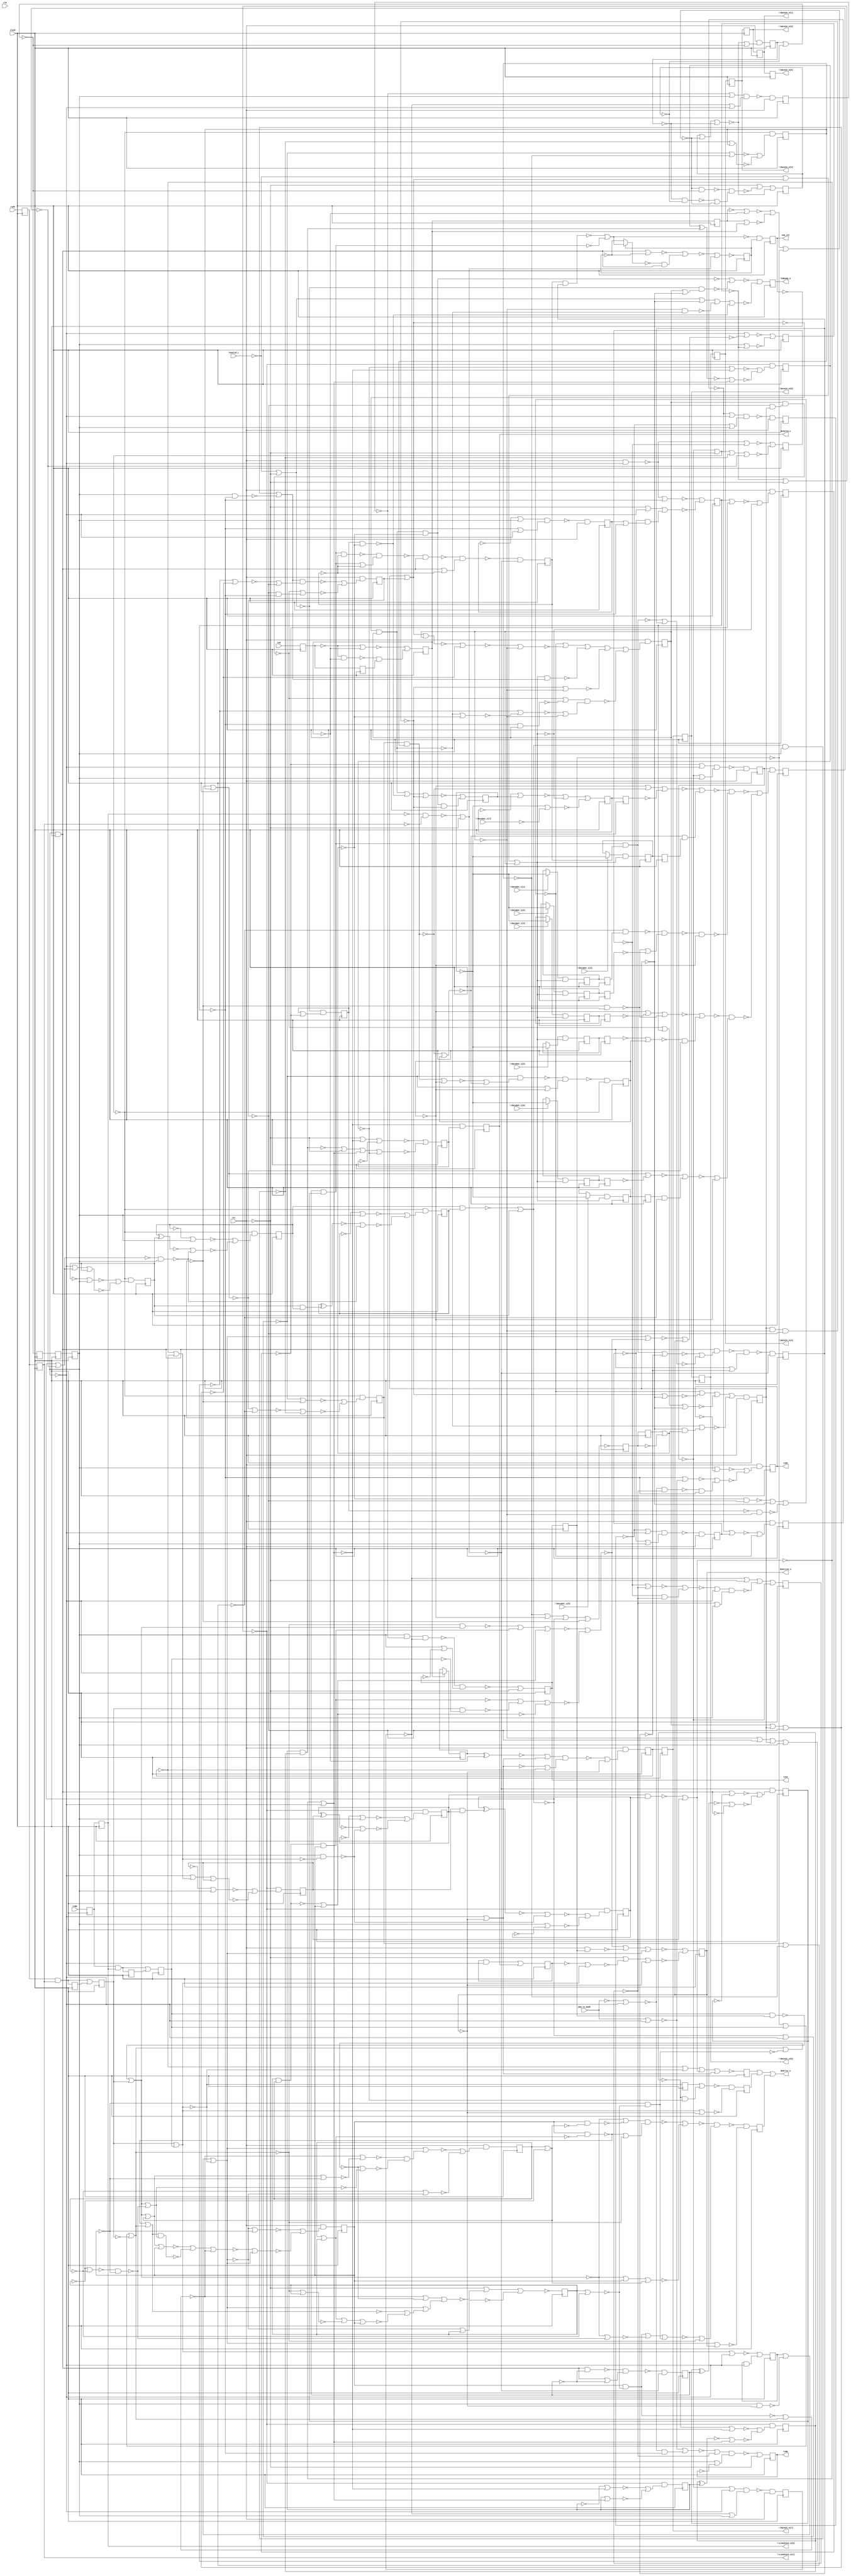
// Benchmark "usb_phy" written by ABC on Thu Oct  8 22:04:27 2020

module usb_phy ( clock, 
    clk, rst, phy_tx_mode, rxd, rxdp, rxdn, TxValid_i, \DataOut_i[0] ,
    \DataOut_i[1] , \DataOut_i[2] , \DataOut_i[3] , \DataOut_i[4] ,
    \DataOut_i[5] , \DataOut_i[6] , \DataOut_i[7] ,
    usb_rst, txdp, txdn, txoe, TxReady_o, RxValid_o, RxActive_o, RxError_o,
    \DataIn_o[0] , \DataIn_o[1] , \DataIn_o[2] , \DataIn_o[3] ,
    \DataIn_o[4] , \DataIn_o[5] , \DataIn_o[6] , \DataIn_o[7] ,
    \LineState_o[0] , \LineState_o[1]   );
  input  clock;
  input  clk, rst, phy_tx_mode, rxd, rxdp, rxdn, TxValid_i,
    \DataOut_i[0] , \DataOut_i[1] , \DataOut_i[2] , \DataOut_i[3] ,
    \DataOut_i[4] , \DataOut_i[5] , \DataOut_i[6] , \DataOut_i[7] ;
  output usb_rst, txdp, txdn, txoe, TxReady_o, RxValid_o, RxActive_o,
    RxError_o, \DataIn_o[0] , \DataIn_o[1] , \DataIn_o[2] , \DataIn_o[3] ,
    \DataIn_o[4] , \DataIn_o[5] , \DataIn_o[6] , \DataIn_o[7] ,
    \LineState_o[0] , \LineState_o[1] ;
  reg i_rx_phy_shift_en_reg, \\i_rx_phy_fs_state_reg[0] ,
    i_rx_phy_rx_active_reg, i_rx_phy_sync_err_reg,
    \\i_rx_phy_fs_state_reg[1] , \\i_rx_phy_fs_state_reg[2] ,
    i_rx_phy_byte_err_reg, \\i_tx_phy_hold_reg_reg[7] ,
    i_rx_phy_bit_stuff_err_reg, \\i_tx_phy_hold_reg_reg[0] ,
    \\i_tx_phy_hold_reg_reg[1] , \\i_tx_phy_hold_reg_reg[2] ,
    \\i_tx_phy_hold_reg_reg[3] , \\i_tx_phy_hold_reg_reg[4] ,
    \\i_tx_phy_hold_reg_reg[5] , \\i_tx_phy_hold_reg_reg[6] ,
    i_rx_phy_se0_s_reg, \\i_tx_phy_state_reg[0] ,
    \\i_rx_phy_dpll_state_reg[0] , \\i_tx_phy_state_reg[2] ,
    i_rx_phy_rx_valid1_reg, \\i_rx_phy_dpll_state_reg[1] ,
    i_rx_phy_rx_valid_r_reg, i_rx_phy_se0_r_reg, \\rst_cnt_reg[3] ,
    \\rst_cnt_reg[4] , \\rst_cnt_reg[2] , \\i_tx_phy_state_reg[1] ,
    \\i_rx_phy_one_cnt_reg[2] , \\i_rx_phy_one_cnt_reg[1] ,
    i_tx_phy_sd_raw_o_reg, \\i_rx_phy_bit_cnt_reg[2] ,
    \\i_tx_phy_bit_cnt_reg[2] , i_tx_phy_append_eop_reg,
    \\i_rx_phy_one_cnt_reg[0] , \\i_rx_phy_bit_cnt_reg[0] ,
    \\i_rx_phy_bit_cnt_reg[1] , i_tx_phy_ld_data_reg,
    \\i_tx_phy_one_cnt_reg[1] , \\i_tx_phy_one_cnt_reg[2] ,
    i_tx_phy_TxReady_o_reg, \\i_tx_phy_bit_cnt_reg[0] ,
    \\i_tx_phy_bit_cnt_reg[1] , \\i_tx_phy_one_cnt_reg[0] ,
    i_rx_phy_rx_valid_reg, \\i_rx_phy_hold_reg_reg[6] ,
    \\i_rx_phy_hold_reg_reg[4] , \\i_rx_phy_hold_reg_reg[0] ,
    \\i_rx_phy_hold_reg_reg[1] , \\i_rx_phy_hold_reg_reg[2] ,
    \\i_rx_phy_hold_reg_reg[3] , \\i_rx_phy_hold_reg_reg[5] ,
    \\i_rx_phy_hold_reg_reg[7] , i_tx_phy_tx_ip_reg, \\rst_cnt_reg[1] ,
    i_tx_phy_txdp_reg, i_rx_phy_sd_nrzi_reg, i_tx_phy_sd_bs_o_reg,
    \\rst_cnt_reg[0] , i_tx_phy_txdn_reg, i_tx_phy_append_eop_sync3_reg,
    i_tx_phy_txoe_reg, i_rx_phy_rxdn_s_reg, i_rx_phy_rxdp_s_reg,
    i_tx_phy_sft_done_reg, i_tx_phy_tx_ip_sync_reg, i_tx_phy_txoe_r1_reg,
    i_tx_phy_append_eop_sync1_reg, i_tx_phy_append_eop_sync2_reg,
    i_tx_phy_txoe_r2_reg, usb_rst_reg, i_tx_phy_sd_nrzi_o_reg,
    i_tx_phy_append_eop_sync4_reg, i_rx_phy_fs_ce_reg, i_rx_phy_rxd_s_reg,
    i_rx_phy_sd_r_reg, i_rx_phy_fs_ce_r2_reg, i_tx_phy_data_done_reg,
    i_rx_phy_rxdn_s_r_reg, i_rx_phy_rxdp_s_r_reg, i_rx_phy_fs_ce_r1_reg,
    i_rx_phy_rxd_r_reg, i_rx_phy_rxdn_s1_reg, i_rx_phy_rxd_s1_reg,
    i_rx_phy_rxdp_s1_reg, \\i_tx_phy_hold_reg_d_reg[1] ,
    \\i_tx_phy_hold_reg_d_reg[5] , i_rx_phy_rxd_s0_reg,
    \\i_tx_phy_hold_reg_d_reg[3] , i_rx_phy_rxdn_s0_reg,
    \\i_tx_phy_hold_reg_d_reg[6] , i_tx_phy_sft_done_r_reg,
    \\i_tx_phy_hold_reg_d_reg[0] , i_rx_phy_rxdp_s0_reg,
    \\i_tx_phy_hold_reg_d_reg[2] , i_rx_phy_rx_en_reg,
    \\i_tx_phy_hold_reg_d_reg[7] , \\i_tx_phy_hold_reg_d_reg[4] ;
  wire \new_[134]_ , \new_[135]_ , \new_[137]_ , \new_[139]_ , \new_[140]_ ,
    \new_[142]_ , \new_[143]_ , \new_[145]_ , \new_[154]_ , \new_[157]_ ,
    \new_[158]_ , \new_[159]_ , \new_[167]_ , \new_[168]_ , \new_[169]_ ,
    \new_[170]_ , \new_[171]_ , \new_[173]_ , \new_[174]_ , \new_[175]_ ,
    \new_[176]_ , \new_[177]_ , \new_[179]_ , \new_[180]_ , \new_[181]_ ,
    \new_[182]_ , \new_[183]_ , \new_[184]_ , \new_[185]_ , \new_[186]_ ,
    \new_[187]_ , \new_[188]_ , \new_[189]_ , \new_[190]_ , \new_[191]_ ,
    \new_[193]_ , \new_[194]_ , \new_[195]_ , \new_[196]_ , \new_[197]_ ,
    \new_[198]_ , \new_[199]_ , \new_[200]_ , \new_[201]_ , \new_[202]_ ,
    \new_[203]_ , \new_[204]_ , \new_[205]_ , \new_[207]_ , \new_[211]_ ,
    \new_[212]_ , \new_[213]_ , \new_[214]_ , \new_[215]_ , \new_[216]_ ,
    \new_[217]_ , \new_[221]_ , \new_[222]_ , \new_[223]_ , \new_[225]_ ,
    \new_[228]_ , \new_[230]_ , \new_[231]_ , \new_[232]_ , \new_[235]_ ,
    \new_[236]_ , \new_[238]_ , \new_[243]_ , \new_[253]_ , \new_[255]_ ,
    \new_[258]_ , \new_[260]_ , \new_[261]_ , \new_[264]_ , \new_[265]_ ,
    \new_[268]_ , \new_[269]_ , \new_[271]_ , \new_[272]_ , \new_[273]_ ,
    \new_[275]_ , \new_[276]_ , \new_[279]_ , \new_[280]_ , \new_[281]_ ,
    \new_[282]_ , \new_[283]_ , \new_[290]_ , \new_[291]_ , \new_[292]_ ,
    \new_[293]_ , \new_[295]_ , \new_[296]_ , \new_[297]_ , \new_[298]_ ,
    \new_[299]_ , \new_[300]_ , \new_[301]_ , \new_[302]_ , \new_[303]_ ,
    \new_[305]_ , \new_[306]_ , \new_[307]_ , \new_[308]_ , \new_[310]_ ,
    \new_[312]_ , \new_[314]_ , \new_[315]_ , \new_[316]_ , \new_[317]_ ,
    \new_[318]_ , \new_[319]_ , \new_[320]_ , \new_[321]_ , \new_[326]_ ,
    \new_[327]_ , \new_[328]_ , \new_[331]_ , \new_[332]_ , \new_[333]_ ,
    \new_[334]_ , \new_[335]_ , \new_[336]_ , \new_[337]_ , \new_[338]_ ,
    \new_[339]_ , \new_[340]_ , \new_[342]_ , \new_[343]_ , \new_[344]_ ,
    \new_[346]_ , \new_[348]_ , \new_[349]_ , \new_[350]_ , \new_[351]_ ,
    \new_[354]_ , \new_[355]_ , \new_[356]_ , \new_[357]_ , \new_[358]_ ,
    \new_[359]_ , \new_[360]_ , \new_[361]_ , \new_[363]_ , \new_[364]_ ,
    \new_[365]_ , \new_[366]_ , \new_[367]_ , \new_[368]_ , \new_[369]_ ,
    \new_[370]_ , \new_[371]_ , \new_[372]_ , \new_[373]_ , \new_[374]_ ,
    \new_[375]_ , \new_[376]_ , \new_[377]_ , \new_[378]_ , \new_[379]_ ,
    \new_[380]_ , \new_[381]_ , \new_[382]_ , \new_[383]_ , \new_[384]_ ,
    \new_[385]_ , \new_[386]_ , \new_[388]_ , \new_[389]_ , \new_[390]_ ,
    \new_[391]_ , \new_[392]_ , \new_[393]_ , \new_[394]_ , \new_[395]_ ,
    \new_[396]_ , \new_[397]_ , \new_[399]_ , \new_[400]_ , \new_[401]_ ,
    \new_[402]_ , \new_[403]_ , \new_[404]_ , \new_[405]_ , \new_[406]_ ,
    \new_[409]_ , \new_[411]_ , \new_[412]_ , \new_[413]_ , \new_[414]_ ,
    \new_[415]_ , \new_[416]_ , \new_[417]_ , \new_[418]_ , \new_[419]_ ,
    \new_[421]_ , \new_[422]_ , \new_[423]_ , \new_[424]_ , \new_[425]_ ,
    \new_[426]_ , \new_[427]_ , \new_[428]_ , \new_[429]_ , \new_[430]_ ,
    \new_[431]_ , \new_[432]_ , \new_[433]_ , \new_[434]_ , \new_[435]_ ,
    \new_[436]_ , \new_[437]_ , \new_[438]_ , \new_[439]_ , \new_[440]_ ,
    \new_[441]_ , \new_[442]_ , \new_[443]_ , \new_[444]_ , \new_[445]_ ,
    \new_[446]_ , \new_[447]_ , \new_[448]_ , \new_[449]_ , \new_[450]_ ,
    \new_[451]_ , \new_[452]_ , \new_[453]_ , \new_[454]_ , \new_[455]_ ,
    \new_[457]_ , \new_[459]_ , \new_[460]_ , \new_[461]_ , \new_[462]_ ,
    \new_[463]_ , \new_[464]_ , \new_[465]_ , \new_[466]_ , \new_[468]_ ,
    \new_[469]_ , \new_[470]_ , \new_[471]_ , \new_[472]_ , \new_[473]_ ,
    \new_[474]_ , \new_[475]_ , \new_[476]_ , \new_[477]_ , \new_[478]_ ,
    \new_[479]_ , \new_[480]_ , \new_[481]_ , \new_[482]_ , \new_[483]_ ,
    \new_[484]_ , \new_[485]_ , \new_[487]_ , \new_[488]_ , \new_[489]_ ,
    \new_[490]_ , \new_[492]_ , \new_[493]_ , \new_[495]_ , \new_[496]_ ,
    \new_[497]_ , \new_[498]_ , \new_[500]_ , \new_[501]_ , \new_[502]_ ,
    \new_[503]_ , \new_[504]_ , \new_[505]_ , \new_[506]_ , \new_[507]_ ,
    \new_[508]_ , \new_[509]_ , \new_[510]_ , \new_[511]_ , \new_[512]_ ,
    \new_[513]_ , \new_[514]_ , \new_[515]_ , \new_[516]_ , \new_[517]_ ,
    \new_[518]_ , \new_[519]_ , \new_[520]_ , \new_[521]_ , \new_[522]_ ,
    \new_[523]_ , \new_[524]_ , \new_[525]_ , \new_[526]_ , \new_[527]_ ,
    \new_[528]_ , \new_[529]_ , \new_[530]_ , \new_[531]_ , \new_[532]_ ,
    \new_[533]_ , \new_[534]_ , \new_[535]_ , \new_[536]_ , \new_[537]_ ,
    \new_[538]_ , \new_[539]_ , \new_[540]_ , \new_[541]_ , \new_[542]_ ,
    \new_[543]_ , \new_[544]_ , \new_[545]_ , \new_[546]_ , \new_[547]_ ,
    \new_[548]_ , \new_[549]_ , \new_[550]_ , \new_[551]_ , \new_[552]_ ,
    \new_[553]_ , \new_[554]_ , \new_[555]_ , \new_[556]_ , \new_[557]_ ,
    \new_[558]_ , \new_[559]_ , \new_[560]_ , \new_[562]_ , \new_[563]_ ,
    \new_[564]_ , \new_[565]_ , \new_[566]_ , \new_[567]_ , \new_[568]_ ,
    \new_[569]_ , \new_[570]_ , \new_[571]_ , \new_[572]_ , \new_[573]_ ,
    \new_[574]_ , \new_[575]_ , \new_[576]_ , \new_[577]_ , \new_[578]_ ,
    \new_[580]_ , \new_[581]_ , \new_[582]_ , \new_[583]_ , \new_[584]_ ,
    \new_[585]_ , \new_[586]_ , \new_[587]_ , \new_[588]_ , \new_[589]_ ,
    \new_[590]_ , \new_[591]_ , \new_[592]_ , \new_[593]_ , \new_[594]_ ,
    \new_[595]_ , \new_[596]_ , \new_[597]_ , \new_[598]_ , \new_[599]_ ,
    \new_[600]_ , \new_[601]_ , \new_[602]_ , \new_[603]_ , \new_[604]_ ,
    \new_[605]_ , \new_[606]_ , \new_[607]_ , \new_[608]_ , \new_[610]_ ,
    \new_[611]_ , \new_[612]_ , \new_[613]_ , \new_[614]_ , \new_[615]_ ,
    \new_[616]_ , \new_[617]_ , \new_[618]_ , \new_[619]_ , \new_[620]_ ,
    \new_[621]_ , \new_[622]_ , \new_[623]_ , \new_[624]_ , \new_[625]_ ,
    \new_[626]_ , \new_[627]_ , \new_[628]_ , \new_[629]_ , \new_[630]_ ,
    \new_[631]_ , \new_[632]_ , \new_[633]_ , \new_[634]_ , \new_[635]_ ,
    \new_[636]_ , \new_[637]_ , \new_[638]_ , \new_[639]_ , \new_[640]_ ,
    \new_[641]_ , \new_[642]_ , \new_[643]_ , \new_[644]_ , \new_[645]_ ,
    \new_[647]_ , \new_[648]_ , \new_[649]_ , \new_[650]_ , \new_[651]_ ,
    \new_[652]_ , \new_[653]_ , \new_[654]_ , \new_[655]_ , \new_[656]_ ,
    \new_[657]_ , \new_[658]_ , \new_[660]_ , \new_[661]_ , \new_[662]_ ,
    \new_[663]_ , \new_[664]_ , \new_[665]_ , \new_[666]_ , \new_[667]_ ,
    \new_[668]_ , \new_[669]_ , \new_[670]_ , \new_[672]_ , \new_[673]_ ,
    \new_[674]_ , \new_[675]_ , \new_[676]_ , \new_[677]_ , \new_[678]_ ,
    n68, n73, n78, n83, n88, n93, n98, n103, n108, n113, n118, n123, n128,
    n133, n138, n143, n148, n153, n158, n163, n168, n173, n178, n183, n188,
    n193, n198, n203, n208, n213, n218, n223, n228, n233, n238, n243, n248,
    n253, n258, n263, n268, n273, n278, n283, n288, n293, n298, n303, n308,
    n313, n318, n323, n328, n333, n338, n343, n348, n353, n358, n363, n368,
    n373, n378, n383, n388, n393, n398, n403, n408, n413, n418, n423, n428,
    n433, n438, n443, n448, n453, n458, n463, n468, n473, n478, n483, n488,
    n493, n498, n503, n508, n513, n518, n523, n528, n533, n538, n543, n548,
    n553;
  assign RxError_o = ~\new_[145]_  | ~\new_[142]_  | ~\new_[137]_ ;
  assign \new_[134]_  = i_rx_phy_shift_en_reg;
  assign \new_[135]_  = \\i_rx_phy_fs_state_reg[0] ;
  assign RxActive_o = i_rx_phy_rx_active_reg;
  assign \new_[137]_  = ~i_rx_phy_sync_err_reg;
  assign n73 = ~\new_[547]_ ;
  assign \new_[139]_  = \\i_rx_phy_fs_state_reg[1] ;
  assign \new_[140]_  = \\i_rx_phy_fs_state_reg[2] ;
  assign n88 = ~\new_[403]_  & (~\new_[154]_  | ~\new_[551]_ );
  assign \new_[142]_  = ~i_rx_phy_byte_err_reg;
  assign \new_[143]_  = ~\new_[157]_  | ~\new_[198]_ ;
  assign n548 = \\i_tx_phy_hold_reg_reg[7] ;
  assign \new_[145]_  = ~i_rx_phy_bit_stuff_err_reg;
  assign n528 = \\i_tx_phy_hold_reg_reg[0] ;
  assign n493 = \\i_tx_phy_hold_reg_reg[1] ;
  assign n538 = \\i_tx_phy_hold_reg_reg[2] ;
  assign n508 = \\i_tx_phy_hold_reg_reg[3] ;
  assign n553 = \\i_tx_phy_hold_reg_reg[4] ;
  assign n498 = \\i_tx_phy_hold_reg_reg[5] ;
  assign n518 = \\i_tx_phy_hold_reg_reg[6] ;
  assign n103 = ~\new_[191]_  | ~\new_[661]_  | ~\new_[175]_ ;
  assign \new_[154]_  = ~\new_[170]_  | ~\new_[589]_ ;
  assign n108 = ~\new_[168]_ ;
  assign n98 = ~\new_[171]_  & ~\new_[195]_ ;
  assign \new_[157]_  = ~\new_[174]_  | ~\new_[393]_  | ~\new_[415]_ ;
  assign \new_[158]_  = i_rx_phy_se0_s_reg;
  assign \new_[159]_  = ~\new_[615]_  | ~\new_[606]_ ;
  assign n113 = \new_[179]_  & \new_[661]_ ;
  assign n118 = \new_[180]_  & \new_[661]_ ;
  assign n123 = \new_[181]_  & \new_[661]_ ;
  assign n128 = \new_[182]_  & \new_[661]_ ;
  assign n133 = \new_[183]_  & \new_[661]_ ;
  assign n138 = \new_[184]_  & \new_[661]_ ;
  assign n143 = \new_[185]_  & \new_[661]_ ;
  assign \new_[167]_  = ~\new_[629]_  | ~\new_[190]_ ;
  assign \new_[168]_  = ~n328 | ~\new_[236]_  | ~\new_[374]_  | ~\new_[431]_ ;
  assign \new_[169]_  = \\i_tx_phy_state_reg[0] ;
  assign \new_[170]_  = ~\new_[582]_ ;
  assign \new_[171]_  = ~\new_[193]_  | (~\new_[217]_  & ~\new_[212]_ );
  assign n148 = ~\new_[194]_  | (~\new_[519]_  & ~\new_[602]_ );
  assign \new_[173]_  = \\i_rx_phy_dpll_state_reg[0] ;
  assign \new_[174]_  = ~\new_[612]_  & ~\new_[197]_ ;
  assign \new_[175]_  = ~\new_[207]_  | ~\DataOut_i[7] ;
  assign \new_[176]_  = ~\new_[583]_ ;
  assign \new_[177]_  = ~\new_[583]_ ;
  assign n153 = ~\new_[414]_  & (~\new_[556]_  | ~\new_[619]_ );
  assign \new_[179]_  = \DataOut_i[0]  ? \new_[222]_  : n528;
  assign \new_[180]_  = \DataOut_i[1]  ? \new_[222]_  : n493;
  assign \new_[181]_  = \DataOut_i[2]  ? \new_[222]_  : n538;
  assign \new_[182]_  = \DataOut_i[3]  ? \new_[222]_  : n508;
  assign \new_[183]_  = \DataOut_i[4]  ? \new_[222]_  : n553;
  assign \new_[184]_  = \DataOut_i[5]  ? \new_[222]_  : n498;
  assign \new_[185]_  = \DataOut_i[6]  ? \new_[222]_  : n518;
  assign \new_[186]_  = \\i_tx_phy_state_reg[2] ;
  assign \new_[187]_  = i_rx_phy_rx_valid1_reg;
  assign \new_[188]_  = \\i_rx_phy_dpll_state_reg[1] ;
  assign \new_[189]_  = i_rx_phy_rx_valid_r_reg;
  assign \new_[190]_  = ~\new_[618]_  | ~\new_[666]_ ;
  assign \new_[191]_  = ~n548 | ~\new_[222]_ ;
  assign n158 = ~rst | ~\new_[225]_  | ~\new_[261]_ ;
  assign \new_[193]_  = ~i_rx_phy_se0_r_reg;
  assign \new_[194]_  = ~n183 | ~\new_[674]_ ;
  assign \new_[195]_  = ~n183 | ~RxActive_o;
  assign \new_[196]_  = ~\new_[189]_  | ~n183;
  assign \new_[197]_  = ~\new_[634]_ ;
  assign \new_[198]_  = ~\new_[636]_  | ~\new_[221]_  | ~\new_[443]_ ;
  assign \new_[199]_  = \\rst_cnt_reg[3] ;
  assign \new_[200]_  = \\rst_cnt_reg[4] ;
  assign \new_[201]_  = \\rst_cnt_reg[2] ;
  assign \new_[202]_  = \\i_tx_phy_state_reg[1] ;
  assign \new_[203]_  = \\i_rx_phy_one_cnt_reg[2] ;
  assign \new_[204]_  = \\i_rx_phy_one_cnt_reg[1] ;
  assign \new_[205]_  = ~\new_[612]_  | ~\new_[471]_ ;
  assign n173 = ~\new_[414]_  & (~\new_[261]_  | ~\new_[479]_ );
  assign \new_[207]_  = ~\new_[222]_ ;
  assign n178 = \new_[427]_  | RxValid_o;
  assign n163 = ~\new_[404]_  & (~\new_[255]_  | ~\new_[348]_ );
  assign n168 = ~\new_[585]_  | ~\new_[238]_ ;
  assign \new_[211]_  = i_tx_phy_sd_raw_o_reg;
  assign \new_[212]_  = \\i_rx_phy_bit_cnt_reg[2] ;
  assign \new_[213]_  = \\i_tx_phy_bit_cnt_reg[2] ;
  assign \new_[214]_  = i_tx_phy_append_eop_reg;
  assign \new_[215]_  = \\i_rx_phy_one_cnt_reg[0] ;
  assign \new_[216]_  = \\i_rx_phy_bit_cnt_reg[0] ;
  assign \new_[217]_  = \\i_rx_phy_bit_cnt_reg[1] ;
  assign n198 = ~\new_[265]_  & ~\new_[385]_ ;
  assign n213 = ~\new_[651]_  & (~\new_[430]_  | ~\new_[276]_ );
  assign n183 = ~\new_[236]_ ;
  assign \new_[221]_  = ~\new_[272]_  & ~\new_[552]_ ;
  assign \new_[222]_  = ~i_tx_phy_ld_data_reg;
  assign \new_[223]_  = \\i_tx_phy_one_cnt_reg[1] ;
  assign n193 = ~\new_[243]_ ;
  assign \new_[225]_  = ~\new_[260]_  & (~\new_[465]_  | ~\new_[299]_ );
  assign n203 = \new_[652]_  & rst;
  assign n188 = ~\new_[264]_  & ~\new_[385]_ ;
  assign \new_[228]_  = \\i_tx_phy_one_cnt_reg[2] ;
  assign TxReady_o = i_tx_phy_TxReady_o_reg;
  assign \new_[230]_  = \\i_tx_phy_bit_cnt_reg[0] ;
  assign \new_[231]_  = \\i_tx_phy_bit_cnt_reg[1] ;
  assign \new_[232]_  = \\i_tx_phy_one_cnt_reg[0] ;
  assign n228 = ~\new_[275]_  & ~\new_[475]_ ;
  assign n223 = ~\new_[651]_  & (~\new_[291]_  | ~\new_[302]_ );
  assign \new_[235]_  = ~\new_[554]_  & ~\new_[537]_ ;
  assign \new_[236]_  = ~\new_[272]_  | ~\new_[553]_ ;
  assign n218 = ~\new_[496]_  & (~\new_[280]_  | ~\new_[310]_ );
  assign \new_[238]_  = ~\new_[473]_  | ~rst | ~\new_[586]_  | ~\new_[212]_ ;
  assign n233 = ~\new_[414]_  & (~\new_[477]_  | ~\new_[658]_ );
  assign n243 = ~\new_[651]_  & (~\new_[292]_  | ~\new_[315]_ );
  assign n238 = ~\new_[651]_  & (~\new_[426]_  | ~\new_[300]_ );
  assign n248 = ~\new_[651]_  & (~\new_[293]_  | ~\new_[312]_ );
  assign \new_[243]_  = ~\new_[273]_  | ~\new_[356]_ ;
  assign RxValid_o = i_rx_phy_rx_valid_reg;
  assign n323 = \\i_rx_phy_hold_reg_reg[6] ;
  assign n318 = \\i_rx_phy_hold_reg_reg[4] ;
  assign \DataIn_o[0]  = \\i_rx_phy_hold_reg_reg[0] ;
  assign n303 = \\i_rx_phy_hold_reg_reg[1] ;
  assign n308 = \\i_rx_phy_hold_reg_reg[2] ;
  assign n313 = \\i_rx_phy_hold_reg_reg[3] ;
  assign n298 = \\i_rx_phy_hold_reg_reg[5] ;
  assign n293 = \\i_rx_phy_hold_reg_reg[7] ;
  assign \new_[253]_  = i_tx_phy_tx_ip_reg;
  assign n258 = ~\new_[475]_  & (~\new_[428]_  | ~\new_[307]_ );
  assign \new_[255]_  = ~\new_[321]_  & (~\new_[318]_  | ~\new_[641]_ );
  assign n273 = ~\new_[475]_  & (~\new_[314]_  | ~\new_[336]_ );
  assign n278 = ~\new_[475]_  & (~\new_[305]_  | ~\new_[340]_ );
  assign \new_[258]_  = \\rst_cnt_reg[1] ;
  assign n268 = ~\new_[334]_  | ~\new_[290]_ ;
  assign \new_[260]_  = ~\new_[299]_  & ~\new_[479]_ ;
  assign \new_[261]_  = ~\new_[530]_  | ~\new_[299]_  | ~\new_[188]_ ;
  assign n263 = ~\new_[475]_  & (~\new_[423]_  | ~\new_[306]_ );
  assign n253 = ~\new_[301]_  | (~\new_[346]_  & ~\new_[541]_ );
  assign \new_[264]_  = ~\new_[279]_  & (~\new_[425]_  | ~\new_[199]_ );
  assign \new_[265]_  = ~\new_[281]_  & (~\new_[425]_  | ~\new_[201]_ );
  assign txdp = i_tx_phy_txdp_reg;
  assign n328 = i_rx_phy_sd_nrzi_reg;
  assign \new_[268]_  = i_tx_phy_sd_bs_o_reg;
  assign \new_[269]_  = \\rst_cnt_reg[0] ;
  assign txdn = i_tx_phy_txdn_reg;
  assign \new_[271]_  = i_tx_phy_append_eop_sync3_reg;
  assign \new_[272]_  = ~\new_[282]_ ;
  assign \new_[273]_  = ~\new_[371]_  | (~\new_[328]_  & ~\new_[425]_ );
  assign n283 = ~\new_[475]_  & (~\new_[424]_  | ~\new_[338]_ );
  assign \new_[275]_  = ~\new_[308]_  & (~\new_[342]_  | ~\new_[213]_ );
  assign \new_[276]_  = ~\new_[446]_  | ~\new_[649]_ ;
  assign n288 = \new_[586]_  & \new_[187]_ ;
  assign n543 = i_tx_phy_txoe_reg;
  assign \new_[279]_  = ~\new_[425]_  & (~\new_[344]_  | ~\new_[367]_ );
  assign \new_[280]_  = ~\new_[382]_  & ~\new_[337]_ ;
  assign \new_[281]_  = ~\new_[332]_  & ~\new_[425]_ ;
  assign \new_[282]_  = i_rx_phy_rxdn_s_reg;
  assign \new_[283]_  = i_rx_phy_rxdp_s_reg;
  assign n338 = ~\new_[385]_  & (~\new_[373]_  | ~\new_[357]_ );
  assign n343 = ~\new_[331]_  | ~rst;
  assign n348 = ~\new_[414]_  & (~\new_[359]_  | ~RxActive_o);
  assign n363 = ~\new_[403]_  & (~\new_[429]_  | ~\new_[360]_ );
  assign n358 = ~\new_[326]_  & ~\new_[385]_ ;
  assign n353 = ~\new_[351]_  | ~\new_[339]_ ;
  assign \new_[290]_  = ~\new_[451]_  | ~\new_[572]_  | ~\new_[320]_  | ~\new_[363]_ ;
  assign \new_[291]_  = ~\new_[212]_  | ~\new_[587]_ ;
  assign \new_[292]_  = ~\new_[216]_  | ~\new_[587]_ ;
  assign \new_[293]_  = ~\new_[217]_  | ~\new_[587]_ ;
  assign n523 = i_tx_phy_sft_done_reg;
  assign \new_[295]_  = i_tx_phy_tx_ip_sync_reg;
  assign \new_[296]_  = i_tx_phy_txoe_r1_reg;
  assign \new_[297]_  = i_tx_phy_append_eop_sync1_reg;
  assign \new_[298]_  = i_tx_phy_append_eop_sync2_reg;
  assign \new_[299]_  = \new_[327]_  | \new_[534]_ ;
  assign \new_[300]_  = ~\new_[674]_  | ~\new_[319]_  | ~\new_[528]_ ;
  assign \new_[301]_  = ~\new_[592]_  | ~\new_[363]_  | ~\new_[541]_ ;
  assign \new_[302]_  = ~\new_[432]_  | ~\new_[586]_ ;
  assign \new_[303]_  = i_tx_phy_txoe_r2_reg;
  assign usb_rst = usb_rst_reg;
  assign \new_[305]_  = ~\new_[342]_  | ~\new_[508]_ ;
  assign \new_[306]_  = ~\new_[433]_  | ~\new_[355]_ ;
  assign \new_[307]_  = ~\new_[448]_  | ~\new_[355]_ ;
  assign \new_[308]_  = ~\new_[342]_  & (~\new_[441]_  | ~\new_[442]_ );
  assign n368 = ~\new_[350]_  | ~\new_[354]_ ;
  assign \new_[310]_  = ~\new_[388]_  & (~\new_[370]_  | ~\new_[213]_ );
  assign \new_[312]_  = ~\new_[447]_  | ~\new_[586]_ ;
  assign n373 = ~\new_[349]_  | ~rst;
  assign \new_[314]_  = ~\new_[342]_  | ~\new_[230]_ ;
  assign \new_[315]_  = ~\new_[514]_  | ~\new_[586]_ ;
  assign \new_[316]_  = i_tx_phy_sd_nrzi_o_reg;
  assign \new_[317]_  = i_tx_phy_append_eop_sync4_reg;
  assign \new_[318]_  = ~\new_[623]_  | ~\new_[535]_ ;
  assign \new_[319]_  = ~\new_[343]_ ;
  assign \new_[320]_  = ~\new_[624]_  & ~\new_[655]_ ;
  assign \new_[321]_  = ~\new_[539]_ ;
  assign n398 = ~\new_[381]_  & ~\new_[404]_ ;
  assign n393 = ~\new_[378]_  & ~\new_[404]_ ;
  assign n403 = ~\new_[379]_  & ~\new_[404]_ ;
  assign n408 = ~\new_[380]_  & ~\new_[403]_ ;
  assign \new_[326]_  = ~\new_[377]_  & (~\new_[425]_  | ~\new_[505]_ );
  assign \new_[327]_  = ~\new_[375]_  | ~\new_[376]_ ;
  assign \new_[328]_  = \new_[200]_  ? \new_[400]_  : \new_[516]_ ;
  assign n378 = ~\new_[392]_  | ~\new_[383]_ ;
  assign n383 = ~\new_[390]_  | ~\new_[384]_ ;
  assign \new_[331]_  = (~\new_[391]_  | ~\new_[316]_ ) & (~\new_[597]_  | ~txdp);
  assign \new_[332]_  = ~\new_[386]_  & (~\new_[455]_  | ~\new_[201]_ );
  assign \new_[333]_  = i_rx_phy_fs_ce_reg;
  assign \new_[334]_  = ~\new_[368]_  | ~\new_[421]_ ;
  assign \new_[335]_  = i_rx_phy_rxd_s_reg;
  assign \new_[336]_  = ~\new_[364]_  | ~\new_[526]_ ;
  assign \new_[337]_  = ~\new_[369]_  & ~\new_[213]_ ;
  assign \new_[338]_  = ~\new_[674]_  | ~\new_[365]_  | ~\new_[522]_ ;
  assign \new_[339]_  = ~\new_[466]_  | ~\new_[364]_  | ~\new_[211]_ ;
  assign \new_[340]_  = ~\new_[418]_  | ~\new_[364]_ ;
  assign n388 = ~\new_[361]_ ;
  assign \new_[342]_  = ~\new_[440]_  | ~\new_[598]_ ;
  assign \new_[343]_  = ~\new_[588]_  | ~n328;
  assign \new_[344]_  = ~\new_[402]_  | ~\new_[199]_ ;
  assign n413 = ~\new_[399]_  & ~\new_[404]_ ;
  assign \new_[346]_  = ~\new_[368]_ ;
  assign n428 = ~\new_[397]_  & ~\new_[403]_ ;
  assign \new_[348]_  = ~\new_[620]_  | (~\new_[641]_  & ~\new_[271]_ );
  assign \new_[349]_  = ~\new_[395]_  & (~\new_[594]_  | ~n543);
  assign \new_[350]_  = ~\new_[401]_  | ~\new_[503]_ ;
  assign \new_[351]_  = ~\new_[401]_  | ~\new_[268]_ ;
  assign n423 = ~\new_[296]_  | ~rst | ~\new_[405]_  | ~\new_[295]_ ;
  assign n418 = ~\new_[400]_  & ~\new_[516]_ ;
  assign \new_[354]_  = ~rst | ~\new_[674]_  | ~\new_[417]_ ;
  assign \new_[355]_  = ~\new_[389]_  & ~\new_[595]_ ;
  assign \new_[356]_  = ~\new_[385]_ ;
  assign \new_[357]_  = ~\new_[452]_  | ~\new_[453]_ ;
  assign \new_[358]_  = i_rx_phy_sd_r_reg;
  assign \new_[359]_  = (~\new_[445]_  | ~\new_[431]_ ) & (~\new_[438]_  | ~n328);
  assign \new_[360]_  = ~\new_[412]_  | (~\new_[411]_  & ~\new_[503]_ );
  assign \new_[361]_  = ~\new_[468]_  | ~\new_[213]_  | ~\new_[440]_  | ~\new_[508]_ ;
  assign n433 = i_rx_phy_fs_ce_r2_reg;
  assign \new_[363]_  = \new_[372]_  & \new_[627]_ ;
  assign \new_[364]_  = ~\new_[413]_  & ~\new_[600]_ ;
  assign \new_[365]_  = ~\new_[389]_ ;
  assign \new_[366]_  = ~\new_[540]_  | ~\new_[535]_ ;
  assign \new_[367]_  = ~\new_[434]_  | ~\new_[533]_ ;
  assign \new_[368]_  = \new_[655]_  & \new_[627]_ ;
  assign \new_[369]_  = ~\new_[419]_  & (~\new_[485]_  | ~\new_[498]_ );
  assign \new_[370]_  = ~\new_[416]_  | (~\new_[489]_  & ~\new_[462]_ );
  assign \new_[371]_  = ~\new_[425]_  | ~\new_[200]_ ;
  assign \new_[372]_  = i_tx_phy_data_done_reg;
  assign \new_[373]_  = ~\new_[425]_  | ~\new_[504]_ ;
  assign \new_[374]_  = ~\new_[588]_ ;
  assign \new_[375]_  = \new_[422]_  | \new_[524]_ ;
  assign \new_[376]_  = ~\new_[422]_  | ~\new_[524]_ ;
  assign \new_[377]_  = ~\new_[425]_  & ~\new_[505]_ ;
  assign \new_[378]_  = (~\new_[253]_  | ~\new_[598]_ ) & (~\new_[295]_  | ~\new_[595]_ );
  assign \new_[379]_  = (~\new_[214]_  | ~\new_[674]_ ) & (~\new_[297]_  | ~\new_[595]_ );
  assign \new_[380]_  = (~\new_[297]_  | ~\new_[598]_ ) & (~\new_[298]_  | ~\new_[596]_ );
  assign \new_[381]_  = (~\new_[295]_  | ~\new_[674]_ ) & (~\new_[296]_  | ~\new_[595]_ );
  assign \new_[382]_  = ~\new_[436]_  | (~\new_[442]_  & ~\new_[492]_ );
  assign \new_[383]_  = ~i_rx_phy_rxdn_s_r_reg;
  assign \new_[384]_  = ~i_rx_phy_rxdp_s_r_reg;
  assign \new_[385]_  = ~\new_[409]_  | ~rst;
  assign \new_[386]_  = ~\new_[455]_  & ~\new_[201]_ ;
  assign n438 = ~\new_[437]_  | (~\new_[439]_  & ~\new_[457]_ );
  assign \new_[388]_  = ~\new_[406]_  | (~\new_[459]_  & ~\new_[463]_ );
  assign \new_[389]_  = ~\new_[440]_  | ~\new_[211]_ ;
  assign \new_[390]_  = ~n463;
  assign \new_[391]_  = ~\new_[469]_  | (~\new_[470]_  & ~\new_[271]_ );
  assign \new_[392]_  = ~n458;
  assign \new_[393]_  = ~\new_[636]_ ;
  assign \new_[394]_  = ~\new_[666]_ ;
  assign \new_[395]_  = ~\new_[596]_  & ~\new_[303]_  & ~\new_[296]_ ;
  assign \new_[396]_  = ~\new_[546]_ ;
  assign \new_[397]_  = (~\new_[317]_  | ~\new_[594]_ ) & (~\new_[503]_  | ~\new_[674]_ );
  assign n443 = n473 ? \new_[594]_  : \new_[358]_ ;
  assign \new_[399]_  = (~\new_[303]_  | ~\new_[594]_ ) & (~\new_[296]_  | ~\new_[674]_ );
  assign \new_[400]_  = ~\new_[472]_  | ~\new_[474]_ ;
  assign \new_[401]_  = rst & \new_[600]_ ;
  assign \new_[402]_  = ~\new_[434]_ ;
  assign \new_[403]_  = ~rst;
  assign \new_[404]_  = ~rst;
  assign \new_[405]_  = (~\new_[454]_  | ~\new_[598]_ ) & (~\new_[316]_  | ~\new_[597]_ );
  assign \new_[406]_  = ~\new_[213]_  | ~\new_[509]_  | ~\new_[485]_ ;
  assign n463 = n488 & \LineState_o[0] ;
  assign n458 = n478 & \LineState_o[1] ;
  assign \new_[409]_  = ~\LineState_o[0]  & ~\LineState_o[1] ;
  assign n448 = i_rx_phy_fs_ce_r1_reg;
  assign \new_[411]_  = ~\new_[470]_  & ~\new_[316]_ ;
  assign \new_[412]_  = ~\new_[271]_  | ~\new_[469]_ ;
  assign \new_[413]_  = ~\new_[440]_ ;
  assign \new_[414]_  = ~rst;
  assign \new_[415]_  = ~\new_[443]_ ;
  assign \new_[416]_  = \new_[463]_  | \new_[495]_ ;
  assign \new_[417]_  = ~\new_[444]_ ;
  assign \new_[418]_  = ~\new_[463]_  | ~\new_[462]_ ;
  assign \new_[419]_  = ~\new_[462]_  & ~\new_[488]_ ;
  assign n453 = ~\new_[460]_  & (~\new_[517]_  | ~\new_[253]_ );
  assign \new_[421]_  = ~\new_[460]_  & (~\new_[603]_  | ~\new_[572]_ );
  assign \new_[422]_  = ~\new_[449]_ ;
  assign \new_[423]_  = ~\new_[228]_  | ~\new_[597]_ ;
  assign \new_[424]_  = ~\new_[232]_  | ~\new_[597]_ ;
  assign \new_[425]_  = ~\new_[453]_ ;
  assign \new_[426]_  = ~\new_[215]_  | ~\new_[597]_ ;
  assign \new_[427]_  = \new_[189]_  & \new_[600]_ ;
  assign \new_[428]_  = ~\new_[506]_  | ~\new_[597]_ ;
  assign \new_[429]_  = ~\new_[594]_  | ~txdn;
  assign \new_[430]_  = ~\new_[487]_  | ~\new_[597]_ ;
  assign \new_[431]_  = ~\new_[438]_ ;
  assign \new_[432]_  = \new_[212]_  ^ \new_[473]_ ;
  assign \new_[433]_  = \new_[228]_  ^ \new_[484]_ ;
  assign \new_[434]_  = ~\new_[455]_  & ~\new_[512]_ ;
  assign \new_[435]_  = ~\new_[545]_ ;
  assign \new_[436]_  = ~\new_[213]_  | ~\new_[481]_  | ~\new_[502]_ ;
  assign \new_[437]_  = ~n483 | ~n473;
  assign \new_[438]_  = \new_[601]_  | \new_[527]_ ;
  assign \new_[439]_  = ~n483 & ~n473;
  assign \new_[440]_  = ~\new_[482]_  | ~\new_[522]_ ;
  assign \new_[441]_  = \new_[481]_  | \new_[510]_ ;
  assign \new_[442]_  = ~\new_[481]_  | ~\new_[510]_ ;
  assign \new_[443]_  = ~\new_[637]_  | ~\new_[667]_ ;
  assign \new_[444]_  = ~\new_[298]_  & (~\new_[525]_  | ~\new_[503]_ );
  assign \new_[445]_  = \new_[358]_  ^ \new_[524]_ ;
  assign \new_[446]_  = \new_[487]_  ^ \new_[215]_ ;
  assign \new_[447]_  = \new_[217]_  ^ \new_[216]_ ;
  assign \new_[448]_  = \new_[506]_  ^ \new_[232]_ ;
  assign \new_[449]_  = i_rx_phy_rxd_r_reg;
  assign \new_[450]_  = ~\new_[461]_ ;
  assign \new_[451]_  = ~\new_[460]_ ;
  assign \new_[452]_  = \new_[504]_  ^ \new_[505]_ ;
  assign \new_[453]_  = ~\new_[676]_  & ~usb_rst;
  assign \new_[454]_  = ~\new_[490]_  | (~\new_[268]_  & ~\new_[316]_ );
  assign \new_[455]_  = ~\new_[474]_ ;
  assign \LineState_o[1]  = i_rx_phy_rxdn_s1_reg;
  assign \new_[457]_  = ~i_rx_phy_rxd_s1_reg;
  assign \LineState_o[0]  = i_rx_phy_rxdp_s1_reg;
  assign \new_[459]_  = ~\new_[500]_  | ~\new_[510]_ ;
  assign \new_[460]_  = ~TxValid_i | ~rst;
  assign \new_[461]_  = ~\new_[605]_  | ~\new_[507]_ ;
  assign \new_[462]_  = ~\new_[513]_  | ~\new_[230]_ ;
  assign \new_[463]_  = ~\new_[231]_  | ~\new_[526]_ ;
  assign \new_[464]_  = ~\new_[555]_ ;
  assign \new_[465]_  = ~\new_[188]_  & ~\new_[173]_ ;
  assign \new_[466]_  = ~\new_[475]_ ;
  assign n468 = ~\new_[479]_ ;
  assign \new_[468]_  = ~\new_[526]_ ;
  assign \new_[469]_  = phy_tx_mode | \new_[595]_ ;
  assign \new_[470]_  = \new_[523]_  | \new_[595]_ ;
  assign \new_[471]_  = ~\new_[507]_ ;
  assign \new_[472]_  = ~\new_[512]_  & ~\new_[533]_ ;
  assign \new_[473]_  = ~\new_[514]_  & ~\new_[511]_ ;
  assign \new_[474]_  = ~\new_[520]_  & ~\new_[521]_ ;
  assign \new_[475]_  = \new_[496]_  | \new_[404]_ ;
  assign \new_[476]_  = ~\new_[497]_ ;
  assign \new_[477]_  = ~\new_[214]_  | ~\new_[515]_ ;
  assign \new_[478]_  = ~\new_[599]_  & ~RxActive_o;
  assign \new_[479]_  = \new_[188]_  | \new_[530]_ ;
  assign \new_[480]_  = ~\new_[518]_  & ~\new_[532]_ ;
  assign \new_[481]_  = ~\new_[513]_  & ~\new_[526]_ ;
  assign \new_[482]_  = ~\new_[531]_  & ~\new_[529]_ ;
  assign \new_[483]_  = ~\new_[528]_  & ~\new_[518]_ ;
  assign \new_[484]_  = ~\new_[522]_  & ~\new_[531]_ ;
  assign \new_[485]_  = \new_[513]_  & \new_[526]_ ;
  assign n473 = ~\new_[524]_ ;
  assign \new_[487]_  = ~\new_[518]_ ;
  assign \new_[488]_  = ~\\i_tx_phy_hold_reg_d_reg[1] ;
  assign \new_[489]_  = ~\\i_tx_phy_hold_reg_d_reg[5] ;
  assign \new_[490]_  = ~\new_[268]_  | ~\new_[316]_ ;
  assign n483 = i_rx_phy_rxd_s0_reg;
  assign \new_[492]_  = ~\\i_tx_phy_hold_reg_d_reg[3] ;
  assign \new_[493]_  = ~\new_[532]_ ;
  assign n478 = i_rx_phy_rxdn_s0_reg;
  assign \new_[495]_  = ~\\i_tx_phy_hold_reg_d_reg[6] ;
  assign \new_[496]_  = ~\new_[295]_ ;
  assign \new_[497]_  = i_tx_phy_sft_done_r_reg;
  assign \new_[498]_  = \\i_tx_phy_hold_reg_d_reg[0] ;
  assign n488 = i_rx_phy_rxdp_s0_reg;
  assign \new_[500]_  = \\i_tx_phy_hold_reg_d_reg[2] ;
  assign \new_[501]_  = i_rx_phy_rx_en_reg;
  assign \new_[502]_  = \\i_tx_phy_hold_reg_d_reg[7] ;
  assign \new_[503]_  = ~\new_[536]_ ;
  assign \new_[504]_  = ~\new_[521]_ ;
  assign \new_[505]_  = ~\new_[520]_ ;
  assign \new_[506]_  = ~\new_[531]_ ;
  assign \new_[507]_  = ~\new_[669]_ ;
  assign \new_[508]_  = ~\new_[513]_ ;
  assign \new_[509]_  = \\i_tx_phy_hold_reg_d_reg[4] ;
  assign \new_[510]_  = ~\new_[213]_ ;
  assign \new_[511]_  = ~\new_[217]_ ;
  assign \new_[512]_  = ~\new_[201]_ ;
  assign \new_[513]_  = ~\new_[231]_ ;
  assign \new_[514]_  = ~\new_[216]_ ;
  assign \new_[515]_  = ~\new_[298]_ ;
  assign \new_[516]_  = ~\new_[200]_ ;
  assign \new_[517]_  = ~\new_[372]_ ;
  assign \new_[518]_  = ~\new_[204]_ ;
  assign \new_[519]_  = ~\new_[158]_ ;
  assign \new_[520]_  = ~\new_[269]_ ;
  assign \new_[521]_  = ~\new_[258]_ ;
  assign \new_[522]_  = ~\new_[232]_ ;
  assign \new_[523]_  = ~phy_tx_mode;
  assign \new_[524]_  = ~\new_[335]_ ;
  assign \new_[525]_  = ~\new_[317]_ ;
  assign \new_[526]_  = ~\new_[230]_ ;
  assign \new_[527]_  = ~RxActive_o;
  assign \new_[528]_  = ~\new_[215]_ ;
  assign \new_[529]_  = ~\new_[228]_ ;
  assign \new_[530]_  = ~\new_[173]_ ;
  assign \new_[531]_  = ~\new_[223]_ ;
  assign \new_[532]_  = ~\new_[203]_ ;
  assign \new_[533]_  = ~\new_[199]_ ;
  assign \new_[534]_  = \new_[537]_ ;
  assign \new_[535]_  = ~\new_[604]_  | ~\new_[571]_  | ~\new_[641]_ ;
  assign \new_[536]_  = ~\new_[271]_ ;
  assign \new_[537]_  = ~\new_[501]_ ;
  assign \new_[538]_  = \new_[598]_  & \new_[536]_ ;
  assign \new_[539]_  = ~\new_[593]_  | ~\new_[538]_ ;
  assign \new_[540]_  = ~\new_[663]_  | ~\new_[604]_ ;
  assign \new_[541]_  = \new_[640]_ ;
  assign \new_[542]_  = ~\new_[640]_ ;
  assign \new_[543]_  = ~\new_[626]_  & ~\new_[641]_ ;
  assign \new_[544]_  = ~\new_[372]_  & ~\new_[169]_ ;
  assign \new_[545]_  = ~\new_[641]_  & ~\new_[571]_ ;
  assign \new_[546]_  = ~\new_[639]_  & ~\new_[668]_ ;
  assign \new_[547]_  = ~rst | ~\new_[548]_  | ~\new_[550]_ ;
  assign \new_[548]_  = \new_[167]_  | \new_[549]_ ;
  assign \new_[549]_  = \new_[583]_  | \new_[566]_ ;
  assign \new_[550]_  = ~\new_[583]_  | ~\new_[471]_ ;
  assign \new_[551]_  = ~\new_[574]_  | ~\new_[582]_ ;
  assign \new_[552]_  = ~\new_[553]_ ;
  assign \new_[553]_  = \new_[554]_ ;
  assign \new_[554]_  = ~\new_[283]_ ;
  assign \new_[555]_  = ~\new_[670]_  | ~\new_[669]_ ;
  assign \new_[556]_  = ~\new_[557]_ ;
  assign \new_[557]_  = ~\new_[658]_  | ~\new_[560]_  | ~\new_[558]_  | ~\new_[559]_ ;
  assign \new_[558]_  = ~\new_[665]_  & (~\new_[593]_  | ~\new_[538]_ );
  assign \new_[559]_  = \new_[542]_  | \new_[603]_ ;
  assign \new_[560]_  = ~\new_[366]_  | ~\new_[624]_ ;
  assign n78 = ~\new_[562]_  | ~\new_[564]_ ;
  assign \new_[562]_  = ~\new_[143]_  | ~\new_[563]_  | ~\new_[176]_ ;
  assign \new_[563]_  = ~\new_[404]_  & ~\new_[534]_ ;
  assign \new_[564]_  = ~rst | ~\new_[196]_  | ~RxActive_o;
  assign \new_[565]_  = ~\new_[176]_  | ~\new_[143]_ ;
  assign \new_[566]_  = ~\new_[576]_  | ~\new_[568]_ ;
  assign \new_[567]_  = ~\new_[639]_  & ~\new_[555]_ ;
  assign \new_[568]_  = ~\new_[464]_  | ~\new_[205]_  | ~\new_[591]_ ;
  assign \new_[569]_  = ~\new_[570]_ ;
  assign \new_[570]_  = \new_[571]_ ;
  assign \new_[571]_  = \new_[644]_ ;
  assign \new_[572]_  = \new_[573]_ ;
  assign \new_[573]_  = ~\new_[645]_ ;
  assign \new_[574]_  = ~\new_[578]_  | ~\new_[575]_  | ~\new_[629]_ ;
  assign \new_[575]_  = \new_[576]_  & \new_[577]_ ;
  assign \new_[576]_  = ~\new_[567]_  | ~\new_[618]_ ;
  assign \new_[577]_  = ~\new_[197]_  | ~\new_[606]_ ;
  assign \new_[578]_  = ~\new_[633]_  | ~\new_[450]_  | ~\new_[590]_ ;
  assign n93 = ~\new_[404]_  & (~\new_[580]_  | ~\new_[584]_ );
  assign \new_[580]_  = ~\new_[582]_  | (~\new_[628]_  & ~\new_[581]_ );
  assign \new_[581]_  = ~\new_[190]_  | ~\new_[577]_ ;
  assign \new_[582]_  = ~\new_[583]_ ;
  assign \new_[583]_  = ~\new_[519]_  | ~\new_[478]_  | ~\new_[236]_ ;
  assign \new_[584]_  = \new_[605]_  | \new_[177]_ ;
  assign \new_[585]_  = ~rst | ~\new_[587]_  | ~\new_[187]_ ;
  assign \new_[586]_  = ~\new_[587]_ ;
  assign \new_[587]_  = ~\new_[588]_  | ~\new_[598]_ ;
  assign \new_[588]_  = ~\new_[480]_  | ~\new_[528]_ ;
  assign \new_[589]_  = ~\new_[590]_ ;
  assign \new_[590]_  = \new_[639]_ ;
  assign \new_[591]_  = \new_[667]_ ;
  assign \new_[592]_  = ~\new_[655]_ ;
  assign \new_[593]_  = ~\new_[535]_ ;
  assign \new_[594]_  = ~\new_[674]_ ;
  assign \new_[595]_  = ~\new_[675]_ ;
  assign \new_[596]_  = ~\new_[598]_ ;
  assign \new_[597]_  = ~\new_[598]_ ;
  assign \new_[598]_  = \new_[333]_ ;
  assign \new_[599]_  = ~\new_[333]_ ;
  assign \new_[600]_  = ~\new_[602]_ ;
  assign \new_[601]_  = ~\new_[602]_ ;
  assign \new_[602]_  = \new_[333]_ ;
  assign \new_[603]_  = ~\new_[624]_ ;
  assign \new_[604]_  = ~\new_[169]_ ;
  assign \new_[605]_  = \new_[670]_ ;
  assign \new_[606]_  = ~\new_[607]_  & ~\new_[608]_ ;
  assign \new_[607]_  = \new_[669]_  | \new_[638]_ ;
  assign \new_[608]_  = ~\new_[667]_ ;
  assign n83 = ~\new_[610]_  & ~\new_[617]_ ;
  assign \new_[610]_  = ~\new_[613]_  & (~\new_[611]_  | ~\new_[612]_ );
  assign \new_[611]_  = ~\new_[396]_  | ~\new_[159]_  | ~\new_[394]_ ;
  assign \new_[612]_  = ~\new_[501]_  | ~\new_[554]_  | ~\new_[282]_ ;
  assign \new_[613]_  = ~\new_[614]_  | ~\new_[616]_ ;
  assign \new_[614]_  = (~\new_[615]_  | ~\new_[635]_ ) & (~\new_[567]_  | ~\new_[612]_ );
  assign \new_[615]_  = ~\new_[633]_ ;
  assign \new_[616]_  = ~\new_[615]_  | ~\new_[590]_  | ~\new_[450]_ ;
  assign \new_[617]_  = ~\new_[582]_  | ~\new_[527]_ ;
  assign \new_[618]_  = ~\new_[612]_ ;
  assign \new_[619]_  = (~\new_[620]_  | ~\new_[621]_ ) & (~\new_[622]_  | ~\new_[624]_ );
  assign \new_[620]_  = ~\new_[603]_  & ~\new_[435]_ ;
  assign \new_[621]_  = ~\new_[271]_  & ~\new_[603]_ ;
  assign \new_[622]_  = ~\new_[623]_  | ~\new_[625]_ ;
  assign \new_[623]_  = ~\new_[624]_  | ~\new_[641]_  | ~\new_[570]_  | ~\new_[676]_ ;
  assign \new_[624]_  = \new_[169]_ ;
  assign \new_[625]_  = ~\new_[656]_  | ~\new_[626]_ ;
  assign \new_[626]_  = ~\new_[476]_  | ~n523;
  assign \new_[627]_  = ~\new_[626]_ ;
  assign \new_[628]_  = ~\new_[629]_  | ~\new_[630]_ ;
  assign \new_[629]_  = ~\new_[546]_  | ~\new_[618]_ ;
  assign \new_[630]_  = ~\new_[633]_  | ~\new_[631]_  | ~\new_[632]_ ;
  assign \new_[631]_  = ~\new_[461]_ ;
  assign \new_[632]_  = ~\new_[591]_ ;
  assign \new_[633]_  = ~\new_[634]_ ;
  assign \new_[634]_  = ~\new_[235]_  | ~\new_[272]_ ;
  assign \new_[635]_  = ~\new_[591]_  & ~\new_[461]_ ;
  assign \new_[636]_  = \new_[637]_  & \new_[139]_ ;
  assign \new_[637]_  = ~\new_[669]_  & ~\new_[638]_ ;
  assign \new_[638]_  = ~\new_[140]_ ;
  assign \new_[639]_  = ~\new_[139]_ ;
  assign \new_[640]_  = ~\new_[643]_  & ~\new_[169]_  & ~\new_[641]_ ;
  assign \new_[641]_  = ~\new_[642]_ ;
  assign \new_[642]_  = ~\new_[186]_ ;
  assign \new_[643]_  = \new_[644]_ ;
  assign \new_[644]_  = ~\new_[202]_ ;
  assign \new_[645]_  = \new_[643]_ ;
  assign n208 = ~\new_[651]_  & (~\new_[647]_  | ~\new_[650]_ );
  assign \new_[647]_  = ~\new_[648]_  | ~\new_[649]_ ;
  assign \new_[648]_  = \new_[493]_  ^ \new_[483]_ ;
  assign \new_[649]_  = ~\new_[595]_  & ~\new_[343]_ ;
  assign \new_[650]_  = ~\new_[597]_  | ~\new_[493]_ ;
  assign \new_[651]_  = ~\new_[134]_  | ~rst;
  assign \new_[652]_  = ~\new_[658]_  | ~\new_[657]_  | ~\new_[653]_  | ~\new_[654]_ ;
  assign \new_[653]_  = ~\new_[620]_  | ~\new_[536]_  | ~\new_[569]_ ;
  assign \new_[654]_  = ~\new_[655]_  | (~\new_[569]_  & ~\new_[627]_ );
  assign \new_[655]_  = \new_[656]_ ;
  assign \new_[656]_  = ~\new_[664]_  & ~\new_[604]_ ;
  assign \new_[657]_  = ~\new_[541]_  | ~\new_[573]_ ;
  assign \new_[658]_  = ~\new_[543]_  | ~\new_[573]_  | ~\new_[544]_ ;
  assign n333 = ~\new_[404]_  & (~\new_[660]_  | ~\new_[661]_ );
  assign \new_[660]_  = ~\new_[536]_  | ~\new_[253]_ ;
  assign \new_[661]_  = \new_[662]_ ;
  assign \new_[662]_  = ~TxValid_i | ~\new_[663]_  | ~\new_[604]_ ;
  assign \new_[663]_  = ~\new_[664]_ ;
  assign \new_[664]_  = ~\new_[644]_  | ~\new_[642]_ ;
  assign \new_[665]_  = ~\new_[662]_ ;
  assign \new_[666]_  = ~\new_[608]_  & ~\new_[668]_ ;
  assign \new_[667]_  = ~\new_[139]_ ;
  assign \new_[668]_  = ~\new_[669]_  | ~\new_[140]_ ;
  assign \new_[669]_  = ~\new_[135]_ ;
  assign \new_[670]_  = ~\new_[140]_ ;
  assign n68 = ~\new_[672]_  | ~\new_[678]_ ;
  assign \new_[672]_  = ~\new_[673]_  | ~\new_[677]_ ;
  assign \new_[673]_  = ~\new_[594]_ ;
  assign \new_[674]_  = \new_[675]_ ;
  assign \new_[675]_  = ~\new_[676]_ ;
  assign \new_[676]_  = ~\new_[333]_ ;
  assign \new_[677]_  = ~\new_[565]_  | ~\new_[527]_ ;
  assign \new_[678]_  = ~\new_[594]_  | ~\new_[134]_ ;
  assign txoe = n543;
  assign \DataIn_o[1]  = n303;
  assign \DataIn_o[2]  = n308;
  assign \DataIn_o[3]  = n313;
  assign \DataIn_o[4]  = n318;
  assign \DataIn_o[5]  = n298;
  assign \DataIn_o[6]  = n323;
  assign \DataIn_o[7]  = n293;
  assign n503 = rxd;
  assign n513 = rxdn;
  assign n533 = rxdp;
  always @ (posedge clock) begin
    i_rx_phy_shift_en_reg <= n68;
    \\i_rx_phy_fs_state_reg[0]  <= n73;
    i_rx_phy_rx_active_reg <= n78;
    i_rx_phy_sync_err_reg <= n83;
    \\i_rx_phy_fs_state_reg[1]  <= n88;
    \\i_rx_phy_fs_state_reg[2]  <= n93;
    i_rx_phy_byte_err_reg <= n98;
    \\i_tx_phy_hold_reg_reg[7]  <= n103;
    i_rx_phy_bit_stuff_err_reg <= n108;
    \\i_tx_phy_hold_reg_reg[0]  <= n113;
    \\i_tx_phy_hold_reg_reg[1]  <= n118;
    \\i_tx_phy_hold_reg_reg[2]  <= n123;
    \\i_tx_phy_hold_reg_reg[3]  <= n128;
    \\i_tx_phy_hold_reg_reg[4]  <= n133;
    \\i_tx_phy_hold_reg_reg[5]  <= n138;
    \\i_tx_phy_hold_reg_reg[6]  <= n143;
    i_rx_phy_se0_s_reg <= n148;
    \\i_tx_phy_state_reg[0]  <= n153;
    \\i_rx_phy_dpll_state_reg[0]  <= n158;
    \\i_tx_phy_state_reg[2]  <= n163;
    i_rx_phy_rx_valid1_reg <= n168;
    \\i_rx_phy_dpll_state_reg[1]  <= n173;
    i_rx_phy_rx_valid_r_reg <= n178;
    i_rx_phy_se0_r_reg <= n183;
    \\rst_cnt_reg[3]  <= n188;
    \\rst_cnt_reg[4]  <= n193;
    \\rst_cnt_reg[2]  <= n198;
    \\i_tx_phy_state_reg[1]  <= n203;
    \\i_rx_phy_one_cnt_reg[2]  <= n208;
    \\i_rx_phy_one_cnt_reg[1]  <= n213;
    i_tx_phy_sd_raw_o_reg <= n218;
    \\i_rx_phy_bit_cnt_reg[2]  <= n223;
    \\i_tx_phy_bit_cnt_reg[2]  <= n228;
    i_tx_phy_append_eop_reg <= n233;
    \\i_rx_phy_one_cnt_reg[0]  <= n238;
    \\i_rx_phy_bit_cnt_reg[0]  <= n243;
    \\i_rx_phy_bit_cnt_reg[1]  <= n248;
    i_tx_phy_ld_data_reg <= n253;
    \\i_tx_phy_one_cnt_reg[1]  <= n258;
    \\i_tx_phy_one_cnt_reg[2]  <= n263;
    i_tx_phy_TxReady_o_reg <= n268;
    \\i_tx_phy_bit_cnt_reg[0]  <= n273;
    \\i_tx_phy_bit_cnt_reg[1]  <= n278;
    \\i_tx_phy_one_cnt_reg[0]  <= n283;
    i_rx_phy_rx_valid_reg <= n288;
    \\i_rx_phy_hold_reg_reg[6]  <= n293;
    \\i_rx_phy_hold_reg_reg[4]  <= n298;
    \\i_rx_phy_hold_reg_reg[0]  <= n303;
    \\i_rx_phy_hold_reg_reg[1]  <= n308;
    \\i_rx_phy_hold_reg_reg[2]  <= n313;
    \\i_rx_phy_hold_reg_reg[3]  <= n318;
    \\i_rx_phy_hold_reg_reg[5]  <= n323;
    \\i_rx_phy_hold_reg_reg[7]  <= n328;
    i_tx_phy_tx_ip_reg <= n333;
    \\rst_cnt_reg[1]  <= n338;
    i_tx_phy_txdp_reg <= n343;
    i_rx_phy_sd_nrzi_reg <= n348;
    i_tx_phy_sd_bs_o_reg <= n353;
    \\rst_cnt_reg[0]  <= n358;
    i_tx_phy_txdn_reg <= n363;
    i_tx_phy_append_eop_sync3_reg <= n368;
    i_tx_phy_txoe_reg <= n373;
    i_rx_phy_rxdn_s_reg <= n378;
    i_rx_phy_rxdp_s_reg <= n383;
    i_tx_phy_sft_done_reg <= n388;
    i_tx_phy_tx_ip_sync_reg <= n393;
    i_tx_phy_txoe_r1_reg <= n398;
    i_tx_phy_append_eop_sync1_reg <= n403;
    i_tx_phy_append_eop_sync2_reg <= n408;
    i_tx_phy_txoe_r2_reg <= n413;
    usb_rst_reg <= n418;
    i_tx_phy_sd_nrzi_o_reg <= n423;
    i_tx_phy_append_eop_sync4_reg <= n428;
    i_rx_phy_fs_ce_reg <= n433;
    i_rx_phy_rxd_s_reg <= n438;
    i_rx_phy_sd_r_reg <= n443;
    i_rx_phy_fs_ce_r2_reg <= n448;
    i_tx_phy_data_done_reg <= n453;
    i_rx_phy_rxdn_s_r_reg <= n458;
    i_rx_phy_rxdp_s_r_reg <= n463;
    i_rx_phy_fs_ce_r1_reg <= n468;
    i_rx_phy_rxd_r_reg <= n473;
    i_rx_phy_rxdn_s1_reg <= n478;
    i_rx_phy_rxd_s1_reg <= n483;
    i_rx_phy_rxdp_s1_reg <= n488;
    \\i_tx_phy_hold_reg_d_reg[1]  <= n493;
    \\i_tx_phy_hold_reg_d_reg[5]  <= n498;
    i_rx_phy_rxd_s0_reg <= n503;
    \\i_tx_phy_hold_reg_d_reg[3]  <= n508;
    i_rx_phy_rxdn_s0_reg <= n513;
    \\i_tx_phy_hold_reg_d_reg[6]  <= n518;
    i_tx_phy_sft_done_r_reg <= n523;
    \\i_tx_phy_hold_reg_d_reg[0]  <= n528;
    i_rx_phy_rxdp_s0_reg <= n533;
    \\i_tx_phy_hold_reg_d_reg[2]  <= n538;
    i_rx_phy_rx_en_reg <= n543;
    \\i_tx_phy_hold_reg_d_reg[7]  <= n548;
    \\i_tx_phy_hold_reg_d_reg[4]  <= n553;
  end
endmodule